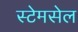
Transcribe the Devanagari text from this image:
स्टेमसेल